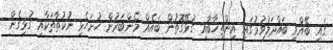
ގައި ބޭއްވި ބައްދަލުވުމުގައި އިންތިޚާބާއި ގުޅޭގޮތުން ބައެއް މެންބަރުން ހުށަހެޅި ނުކުތާތަކާއި ގުޅިގެން